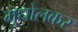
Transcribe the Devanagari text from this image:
मुधोलकर